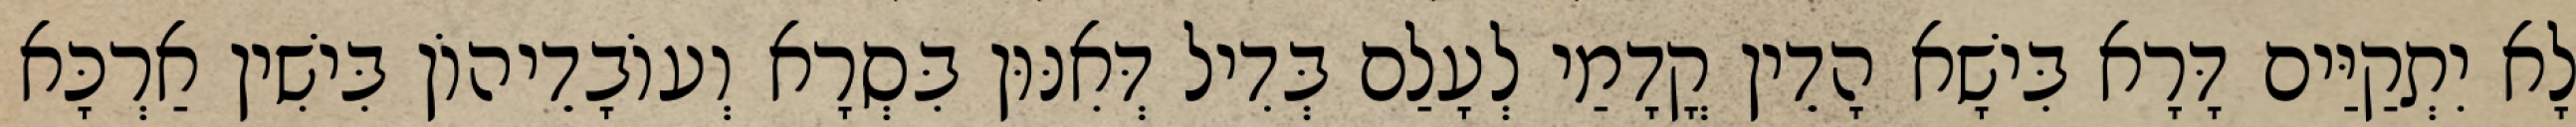
לָא יִתְקַיַּים דָּרָא בִּישָׁא הָדֵין קֳדָמַי לְעָלַם בְּדִיל דְּאִנּוּן בִּסְרָא וְעוֹבָדֵיהוֹן בִּישִׁין אַרְכָּא